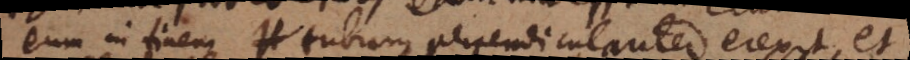
eum in finem tubum perpendiculariter erexit, et